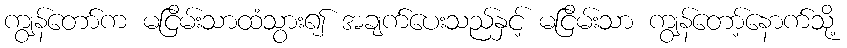
ကျွန်တော်က မငြိမ်းသာထံသွား၍ အချက်ပေးသည်နှင့် မငြိမ်းသာ ကျွန်တော့်နောက်သို့